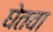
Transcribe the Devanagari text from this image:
घेतवा